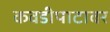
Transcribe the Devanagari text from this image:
कवडीपाटावर